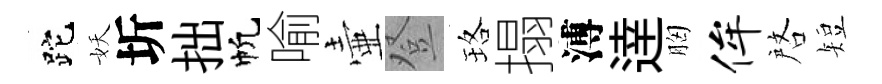
跎妖圻拙帆喻壷登珞搨溥逹胸侔啓短